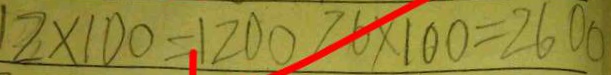
1 2 \times 1 0 0 = 1 2 0 0 2 6 \times 1 0 0 = 2 6 0 0